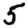
Digit: 5